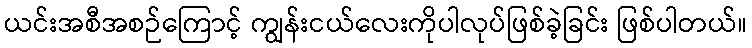
ယင်းအစီအစဉ်ကြောင့် ကျွန်းငယ်လေးကိုပါလုပ်ဖြစ်ခဲ့ခြင်း ဖြစ်ပါတယ်။